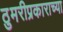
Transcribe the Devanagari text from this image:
ठुमरीप्रकाराच्या